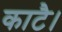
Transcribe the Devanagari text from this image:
काटै।